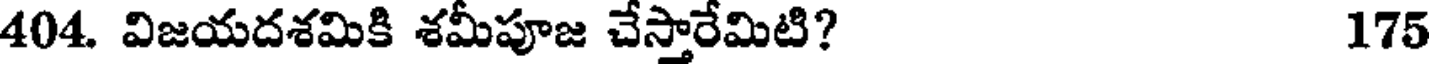
404. విజయదశమికి శమీపూజ చేస్తారేమిటి? 175